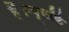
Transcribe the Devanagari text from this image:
हैं।न्यूयॉर्क